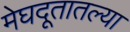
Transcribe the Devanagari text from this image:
मेघदूतातल्या